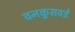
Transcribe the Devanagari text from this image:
वनकुसवडे